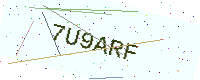
Text: 7U9ARF